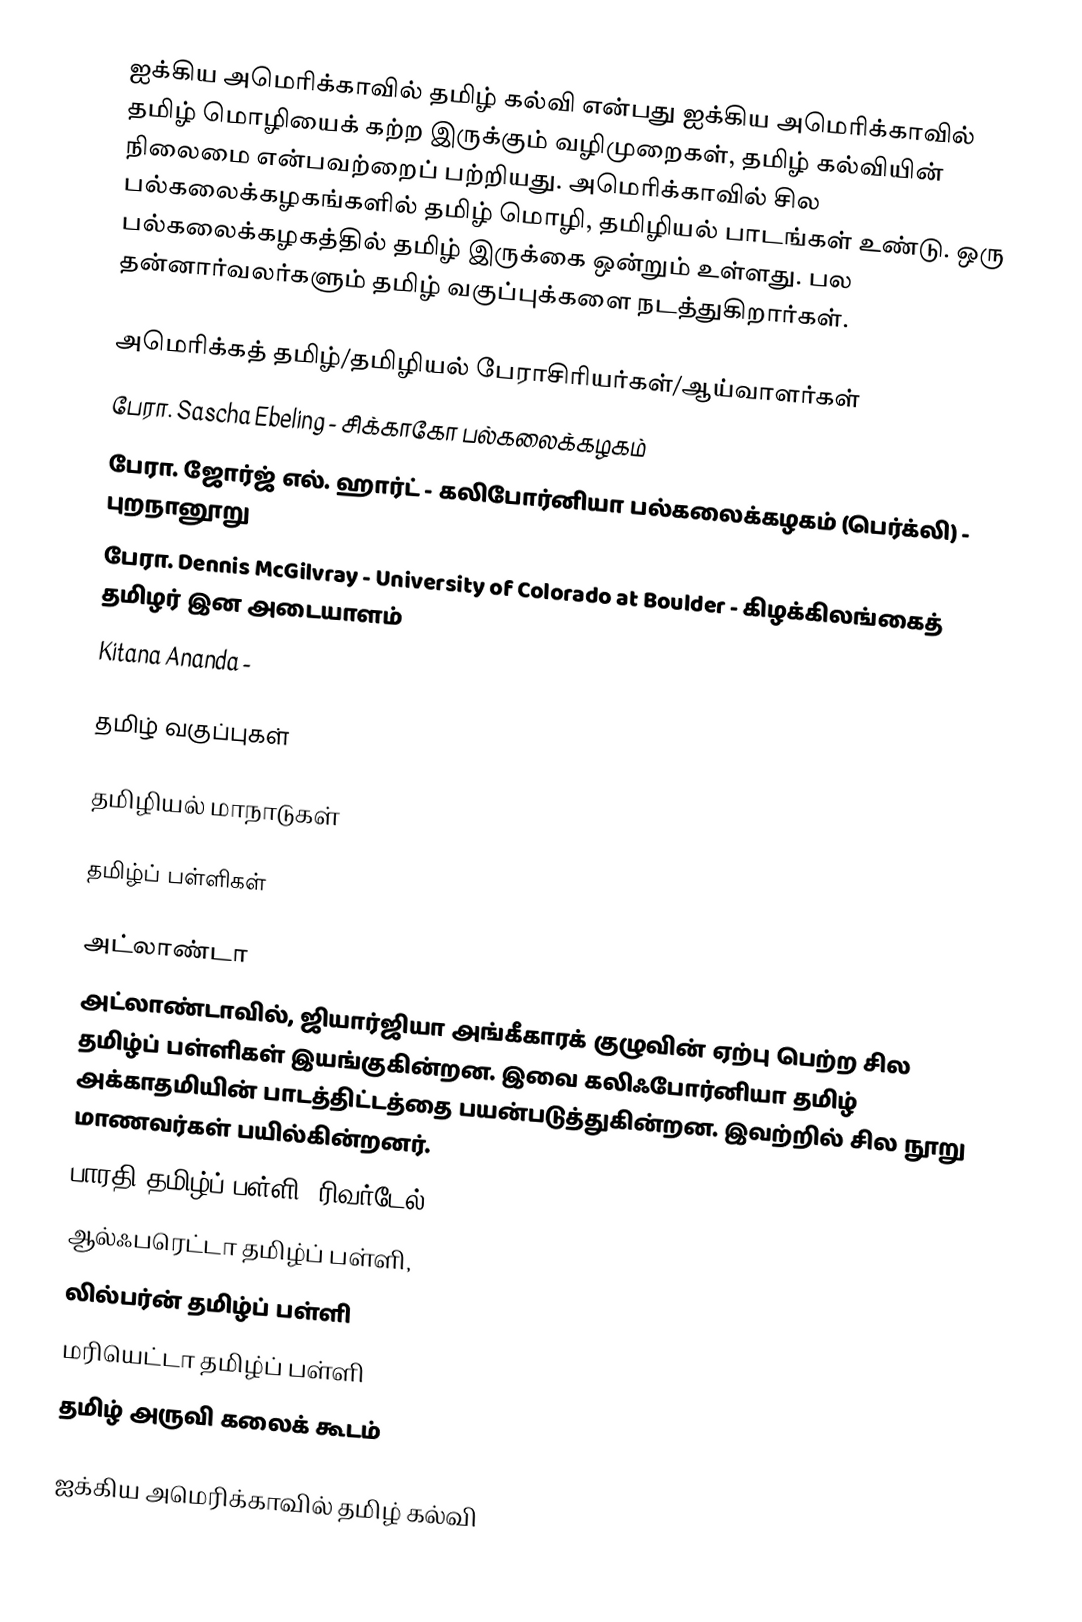
ஐக்கிய அமெரிக்காவில் தமிழ் கல்வி என்பது ஐக்கிய அமெரிக்காவில் தமிழ் மொழியைக் கற்ற இருக்கும் வழிமுறைகள், தமிழ் கல்வியின் நிலைமை என்பவற்றைப் பற்றியது.  அமெரிக்காவில் சில பல்கலைக்கழகங்களில் தமிழ் மொழி, தமிழியல் பாடங்கள் உண்டு.  ஒரு பல்கலைக்கழகத்தில் தமிழ் இருக்கை ஒன்றும் உள்ளது.  பல தன்னார்வலர்களும் தமிழ் வகுப்புக்களை நடத்துகிறார்கள்.

அமெரிக்கத் தமிழ்/தமிழியல் பேராசிரியர்கள்/ஆய்வாளர்கள்
 பேரா. Sascha Ebeling - சிக்காகோ பல்கலைக்கழகம்
 பேரா. ஜோர்ஜ் எல். ஹார்ட் - கலிபோர்னியா பல்கலைக்கழகம் (பெர்க்லி) - புறநானூறு
 பேரா. Dennis McGilvray - University of Colorado at Boulder - கிழக்கிலங்கைத் தமிழர் இன அடையாளம்
 Kitana Ananda -

தமிழ் வகுப்புகள்

தமிழியல் மாநாடுகள்

தமிழ்ப் பள்ளிகள்

அட்லாண்டா
அட்லாண்டாவில், ஜியார்ஜியா அங்கீகாரக் குழுவின் ஏற்பு பெற்ற சில தமிழ்ப் பள்ளிகள் இயங்குகின்றன. இவை கலிஃபோர்னியா தமிழ் அக்காதமியின் பாடத்திட்டத்தை பயன்படுத்துகின்றன. இவற்றில் சில நூறு மாணவர்கள் பயில்கின்றனர்.
பாரதி தமிழ்ப் பள்ளி, ரிவர்டேல்
ஆல்ஃபரெட்டா தமிழ்ப் பள்ளி,
லில்பர்ன் தமிழ்ப் பள்ளி
மரியெட்டா தமிழ்ப் பள்ளி
தமிழ் அருவி கலைக் கூடம்

ஐக்கிய அமெரிக்காவில் தமிழ் கல்வி